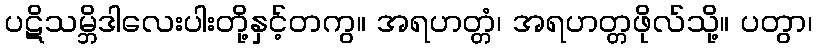
ပဋိသမ္ဘိဒါလေးပါးတို့နှင့်တကွ။ အရဟတ္တံ၊ အရဟတ္တဖိုလ်သို့။ ပတွာ၊